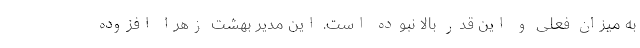
به میزان فعلی و این قدر بالا نبوده است. این مدیر بهشت زهرا افزوده